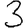
Digit: 3